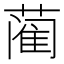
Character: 蔺